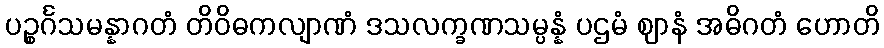
ပဉ္စင်္ဂသမန္နာဂတံ တိဝိဓကလျာဏံ ဒသလက္ခဏသမ္ပန္နံ ပဌမံ ဈာနံ အဓိဂတံ ဟောတိ